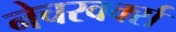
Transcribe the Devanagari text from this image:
नेचरवर्क्स